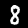
Label: 8